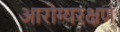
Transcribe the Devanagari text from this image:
आरोग्यरक्षण